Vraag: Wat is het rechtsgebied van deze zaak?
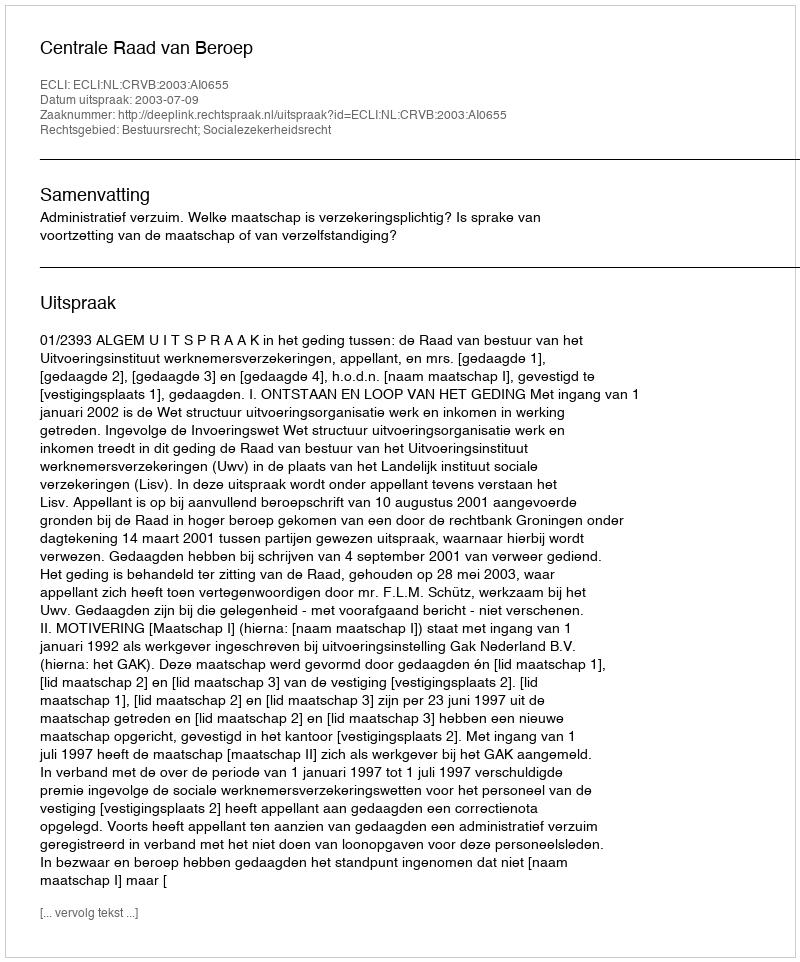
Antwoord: Bestuursrecht; Socialezekerheidsrecht